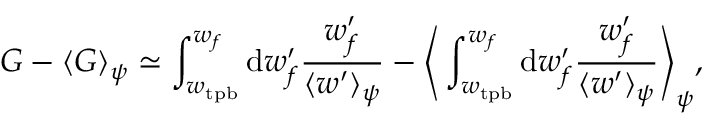
G - \langle G \rangle _ { \psi } \simeq \int _ { w _ { \mathrm { t p b } } } ^ { w _ { f } } \mathrm { d } w _ { f } ^ { \prime } \frac { w _ { f } ^ { \prime } } { \langle w ^ { \prime } \rangle _ { \psi } } - \Bigg \langle \int _ { w _ { \mathrm { t p b } } } ^ { w _ { f } } \mathrm { d } w _ { f } ^ { \prime } \frac { w _ { f } ^ { \prime } } { \langle w ^ { \prime } \rangle _ { \psi } } \Bigg \rangle _ { \psi } ,